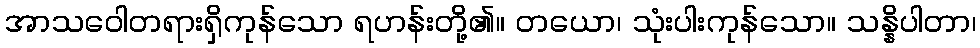
အာသဝေါတရားရှိကုန်သော ရဟန်းတို့၏။ တယော၊ သုံးပါးကုန်သော။ သန္နိပါတာ၊